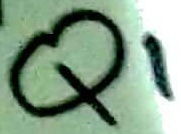
Text: Q1